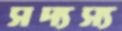
সদ্যস্য